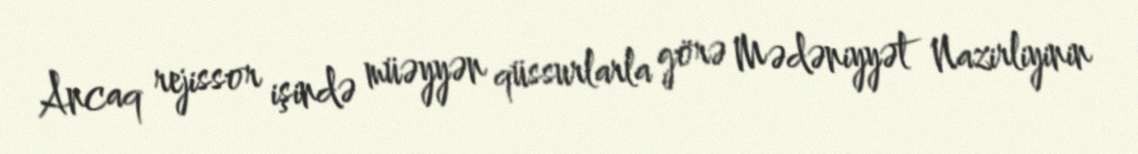
Ancaq rejissor işində müəyyən qüssurlarla görə Mədəniyyət Nazirliyinin